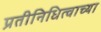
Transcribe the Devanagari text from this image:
प्रतीनिधित्वाच्या